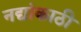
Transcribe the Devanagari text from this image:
नद्यांकाठी